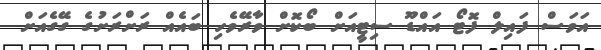
އަވަސް ފައިލް ފޮޓޯ އައްޑޫ ސިޓީއަށް ބޯކޮށް ވާރޭވެހި ބައެއް ރަށްރަށުގެ ގޭގެއަށް